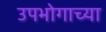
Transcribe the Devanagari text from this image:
उपभोगाच्या